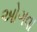
ઓગવા